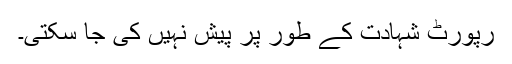
رپورٹ شہادت کے طور پر پیش نہیں کی جا سکتی۔